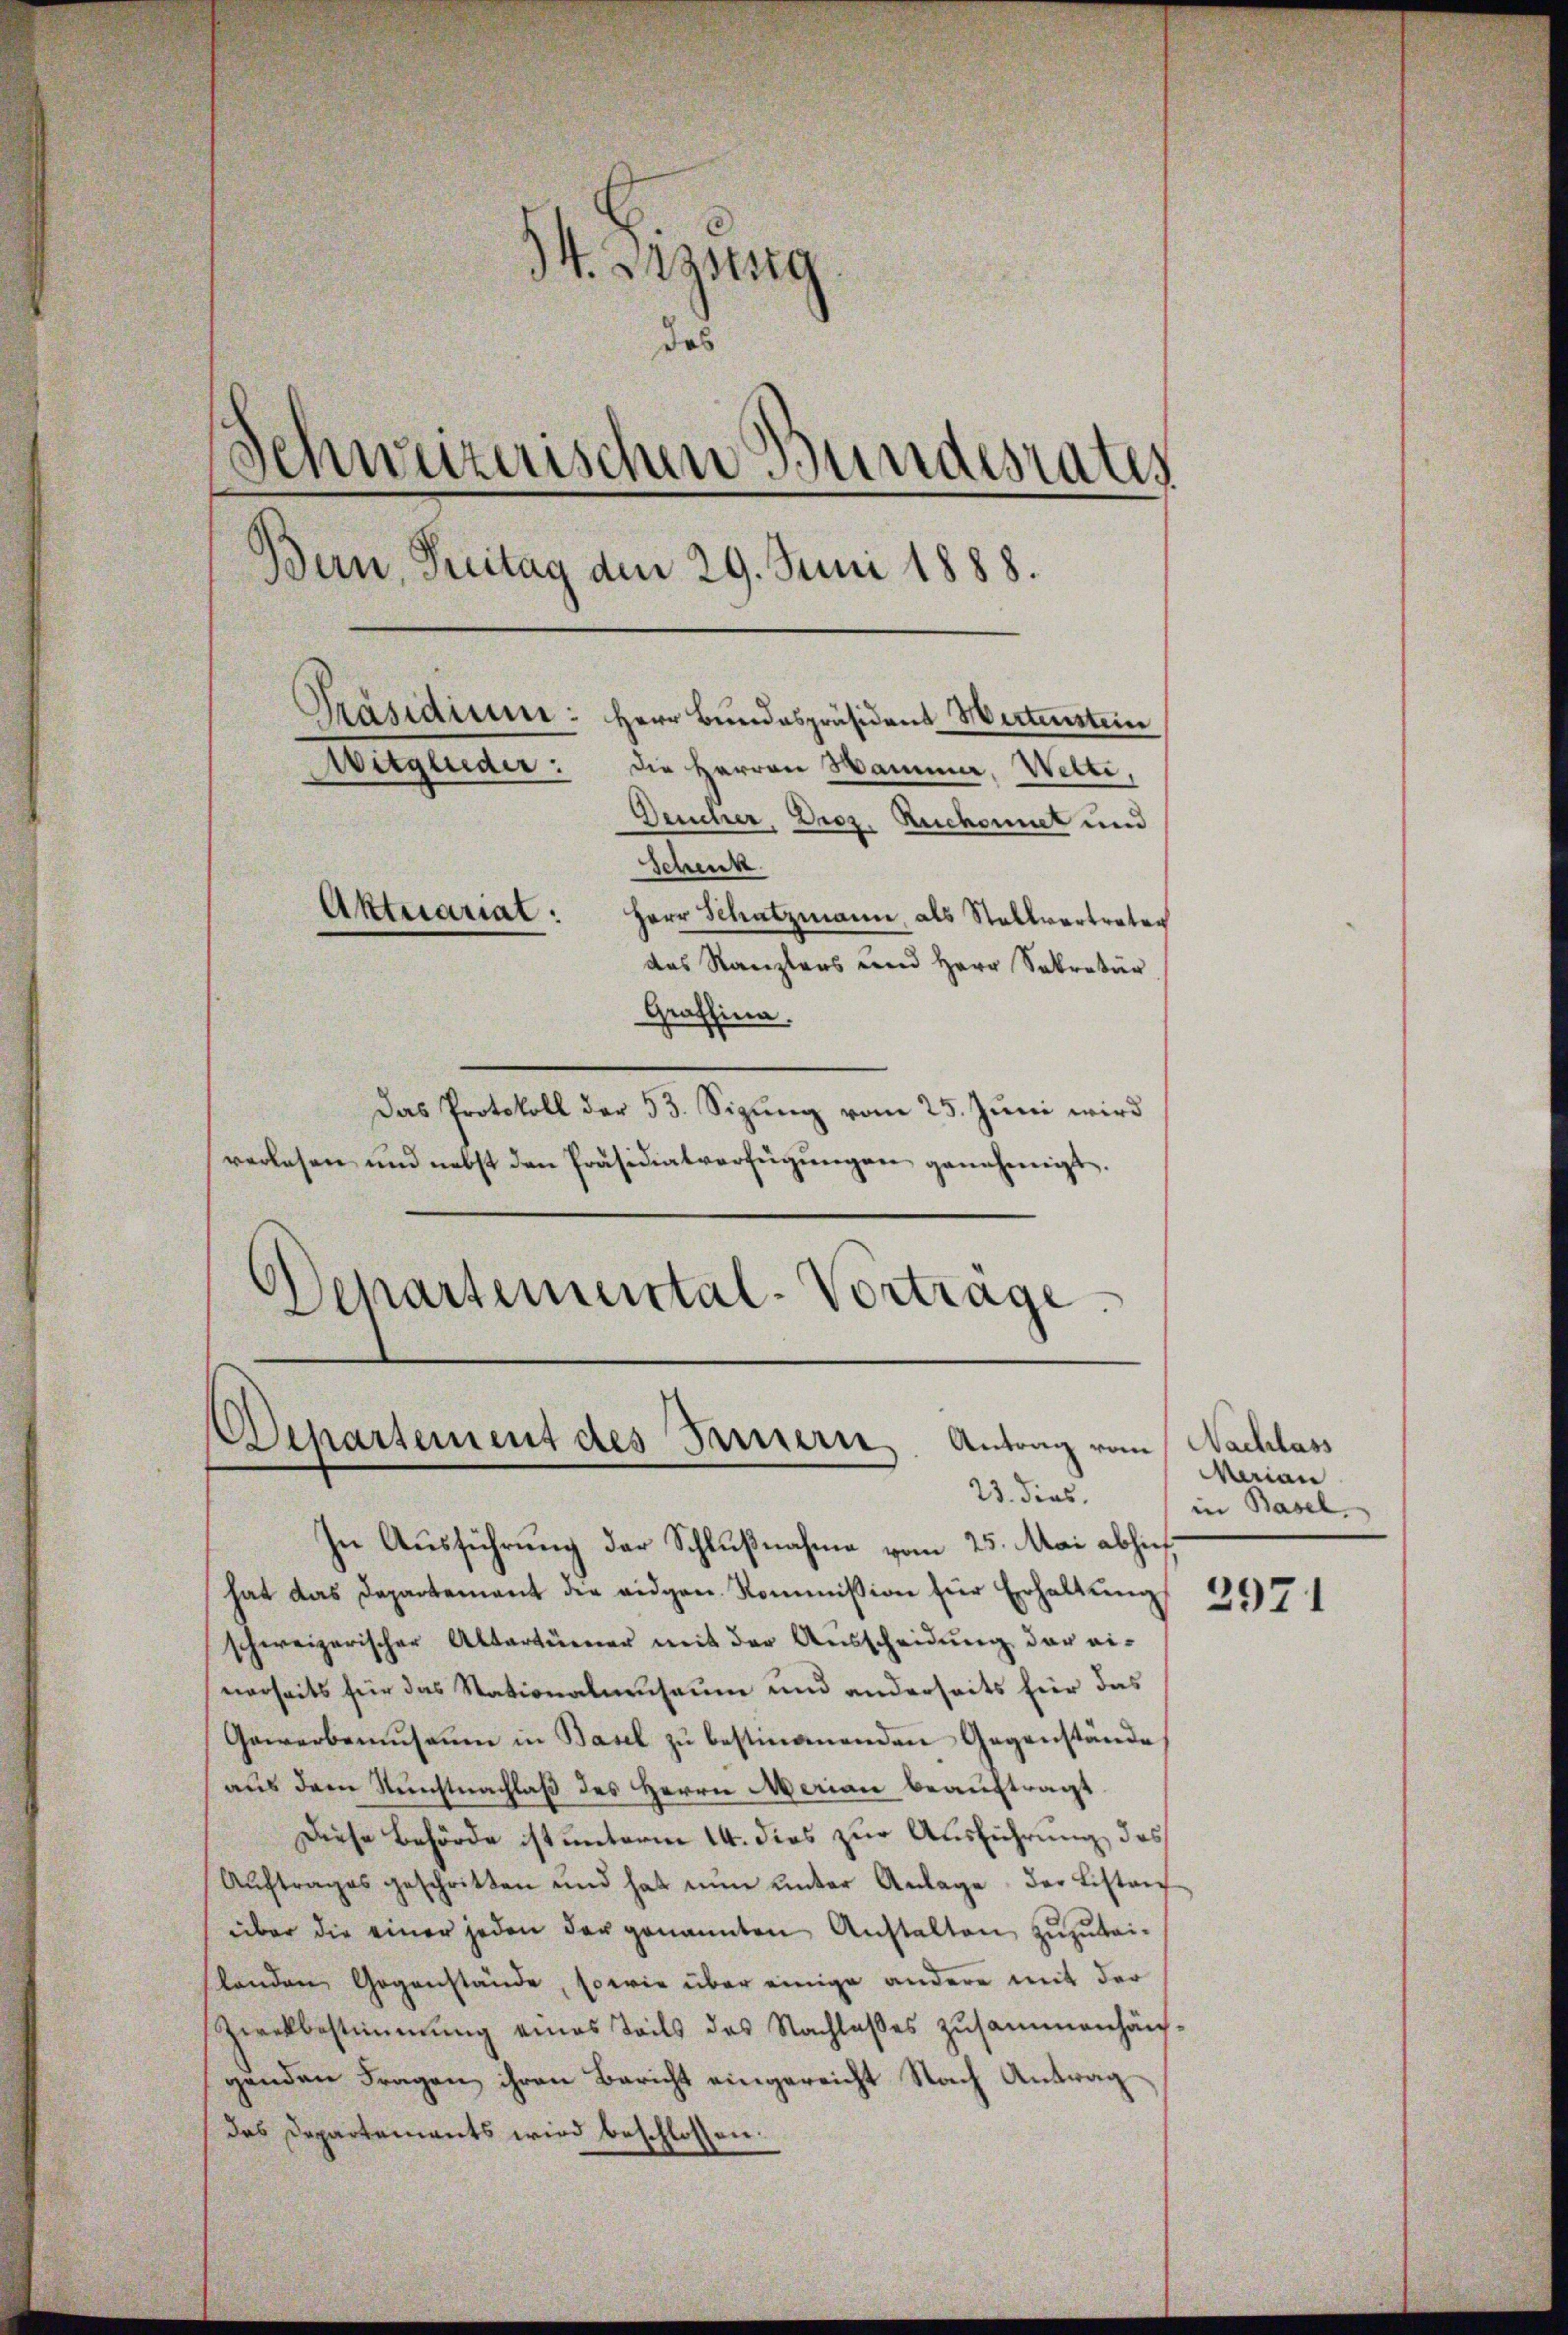
34. Desstrig
das
Schweizerischen Bundesrates
Bern, Reitag den 29. Juni 1888.
Präsidium:
Herr Bundespräsident Wertenstein
Mitglieder: die Herren Sammer, Welti,
Deucher, Droz. Ruchonet und
Schenk
Aktuariat:
Herr Schatzmann, als Stallvertreter
das Kanzlers und Herr Sekretär
Graffina.

Das Protokoll der 53. Sizung vom 25. Juni wird
verlesen und nebst den Präsidialverfügŭngen genehmigt.
Departemental-Vortrage

Departement des Innern. Antrag vom
23. dies

In Ausführung der Schlußnahme vom 25. Mai abhin
hat das Departement die eidgen. Kommission für Erhaltŭng
schweizerischer Altertümer mit der Aŭsscheidŭng der ei-
nerseits für das Stationalmuseum und anderseits für das
Gewerbemuseum in Basel zŭ bestimmenden Gegenstände
aus dem Kunstnachlaß des Herrn Marian beauftragt
Diese Behörde ist unterm 14. dies zur Ausführung des
Aŭftrages geschritten und hat nŭn ŭnter Anlage der Listan
über die einer jeden der genannten Anstalten zuzuweilanden Gegenstände, sowie über einige andere mit der
Zwekbestimmung eines Teils des Nachlaßes zusammenhäusgenden Fragen ihren Bericht eingereicht Nach Antrag
das Departements wird beschlossen:

Nachlass
Marian
in Basel.

2971